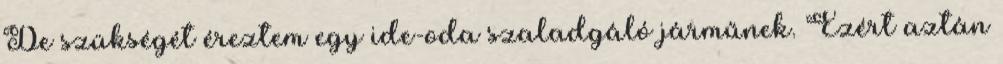
De szükségét éreztem egy ide-oda szaladgáló járműnek. Ezért aztán